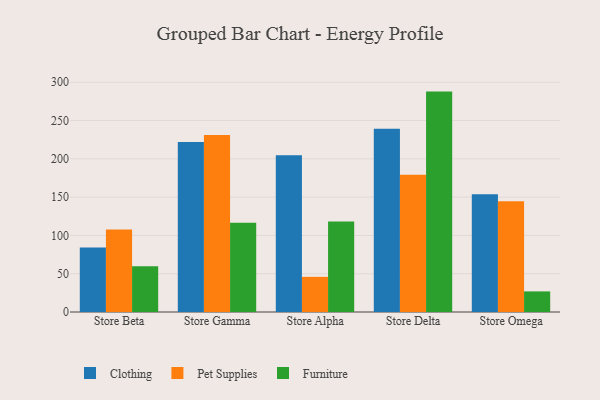
{"axis": {"x": "Store", "y": "Headcount"}, "legend": ["Clothing", "Furniture", "Pet Supplies"], "data": [{"x": "Store Beta", "y": 84.1, "type": "Clothing"}, {"x": "Store Beta", "y": 107.7, "type": "Pet Supplies"}, {"x": "Store Beta", "y": 59.7, "type": "Furniture"}, {"x": "Store Gamma", "y": 222.0, "type": "Clothing"}, {"x": "Store Gamma", "y": 231.0, "type": "Pet Supplies"}, {"x": "Store Gamma", "y": 116.5, "type": "Furniture"}, {"x": "Store Alpha", "y": 204.6, "type": "Clothing"}, {"x": "Store Alpha", "y": 45.9, "type": "Pet Supplies"}, {"x": "Store Alpha", "y": 118.1, "type": "Furniture"}, {"x": "Store Delta", "y": 239.3, "type": "Clothing"}, {"x": "Store Delta", "y": 179.3, "type": "Pet Supplies"}, {"x": "Store Delta", "y": 287.8, "type": "Furniture"}, {"x": "Store Omega", "y": 153.7, "type": "Clothing"}, {"x": "Store Omega", "y": 144.5, "type": "Pet Supplies"}, {"x": "Store Omega", "y": 26.9, "type": "Furniture"}]}